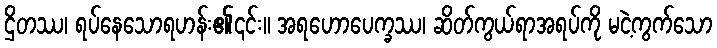
ဌိတဿ၊ ရပ်နေသောရဟန်း၏၎င်း။ အရဟောပေက္ခဿ၊ ဆိတ်ကွယ်ရာအရပ်ကို မငဲ့ကွက်သော